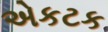
એકટક